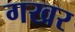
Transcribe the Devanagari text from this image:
गखर